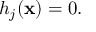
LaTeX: h _ { j } ( \mathbf { x } ) = 0 .